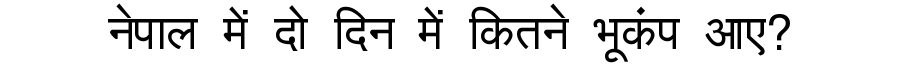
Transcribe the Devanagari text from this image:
नेपाल में दो दिन में कितने भूकंप आए?